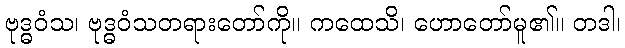
ဗုဒ္ဓဝံသ၊ ဗုဒ္ဓဝံသတရားတော်ကို။ ကထေသိ၊ ဟောတော်မူ၏။ တဒါ၊